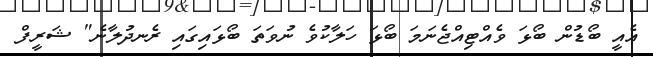
އެއީ ބޯޑުން ބޯޅަ ވެއްޓިއްޖެނަމަ ބޯޅަ ހަލާކުވެ ނުވަތަ ބޯޅައިގައި ރެނދުލާނެ" ޝަރީފް